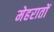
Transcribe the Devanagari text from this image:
मेहरातों